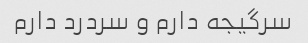
سرگیجه دارم و سردرد دارم